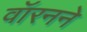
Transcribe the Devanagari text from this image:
वॉरनने